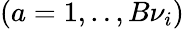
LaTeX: (a=1,..,B{\nu}_{i})